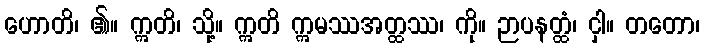
ဟောတိ၊ ၏။ ဣတိ၊ သို့။ ဣတိ ဣမဿအတ္ထဿ၊ ကို။ ဉာပနတ္ထံ၊ ငှါ။ တတော၊